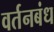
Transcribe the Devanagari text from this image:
वर्तनबंध